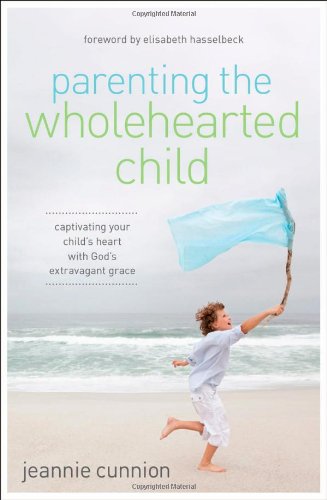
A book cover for Parenting the Wholehearted Child: Captivating Your Child's Heart with God's Extravagant Grace; Jeannie Cunnion; Parenting & Relationships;